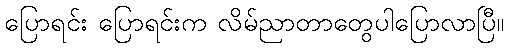
ပြောရင်း ပြောရင်းက လိမ်ညာတာတွေပါပြောလာပြီ။